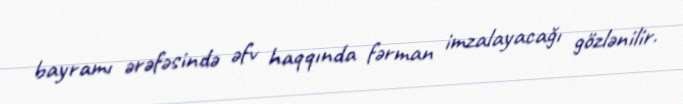
bayramı ərəfəsində əfv haqqında fərman imzalayacağı gözlənilir.